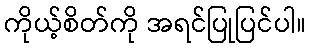
ကိုယ့်စိတ်ကို အရင်ပြုပြင်ပါ။